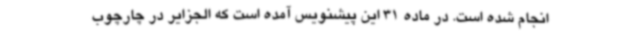
انجام شده است. در ماده 31 این پیشنویس آمده است که الجزایر در چارچوب